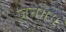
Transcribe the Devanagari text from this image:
जनगम